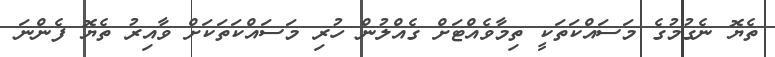
ތެޔޮ ނެގުމުގެ މަސައްކަތަކީ ތިމާވެއްޓަށް ގެއްލުން ހުރި މަސައްކަތަކަށް ވާއިރު ތެޔޮ ފެންނަ